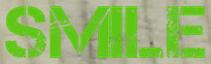
SMILE